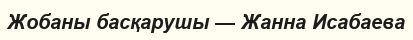
Жобаны басқарушы — Жанна Исабаева